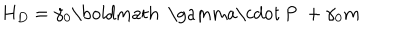
H _ { D } = \gamma _ { 0 } \mathrm { \boldmath ~ \ g a m m a \cdot ~ P ~ } + \gamma _ { 0 } m